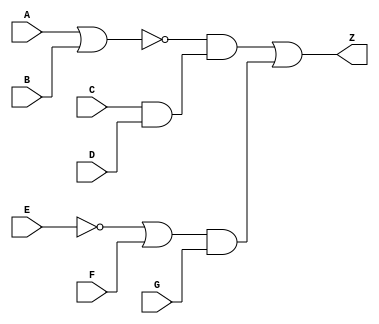
module logic_gates(input A, B, C, D, E ,F, G, output Z);
wire w1, w2, w3, w4, w5, w6, w7;

or (w1, A, B); //w1 = A or B
not (w2, w1); //w2 = ~w1
and (w3, C, D); //w3 = C and D
and (w4, w2, w3); //w4 = w2 and w3
not (w5, E); //w5 = ~E
or (w6, w5, F); //w6 = w5 or F
and (w7, w6, G); //w7 = w6 and G
or (Z, w4, w7); //Z = w4 or w7
                   
endmodule